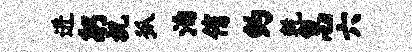
进躬祝狐泊侑约乾怠六